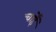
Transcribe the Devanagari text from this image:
चाहेँ